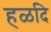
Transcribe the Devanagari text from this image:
हळदि